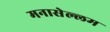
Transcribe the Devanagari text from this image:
मनासेल्लम